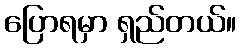
ပြောရမှာ ရှည်တယ်။